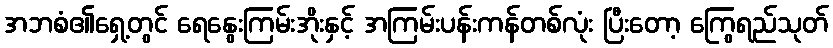
အဘစံ၏ရှေ့တွင် ရေနွေးကြမ်းအိုးနှင့် အကြမ်းပန်းကန်တစ်လုံး ပြီးတော့ ကြွေရည်သုတ်